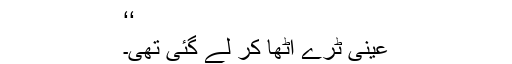
‘‘
عینی ٹرے اٹھا کر لے گئی تھی۔